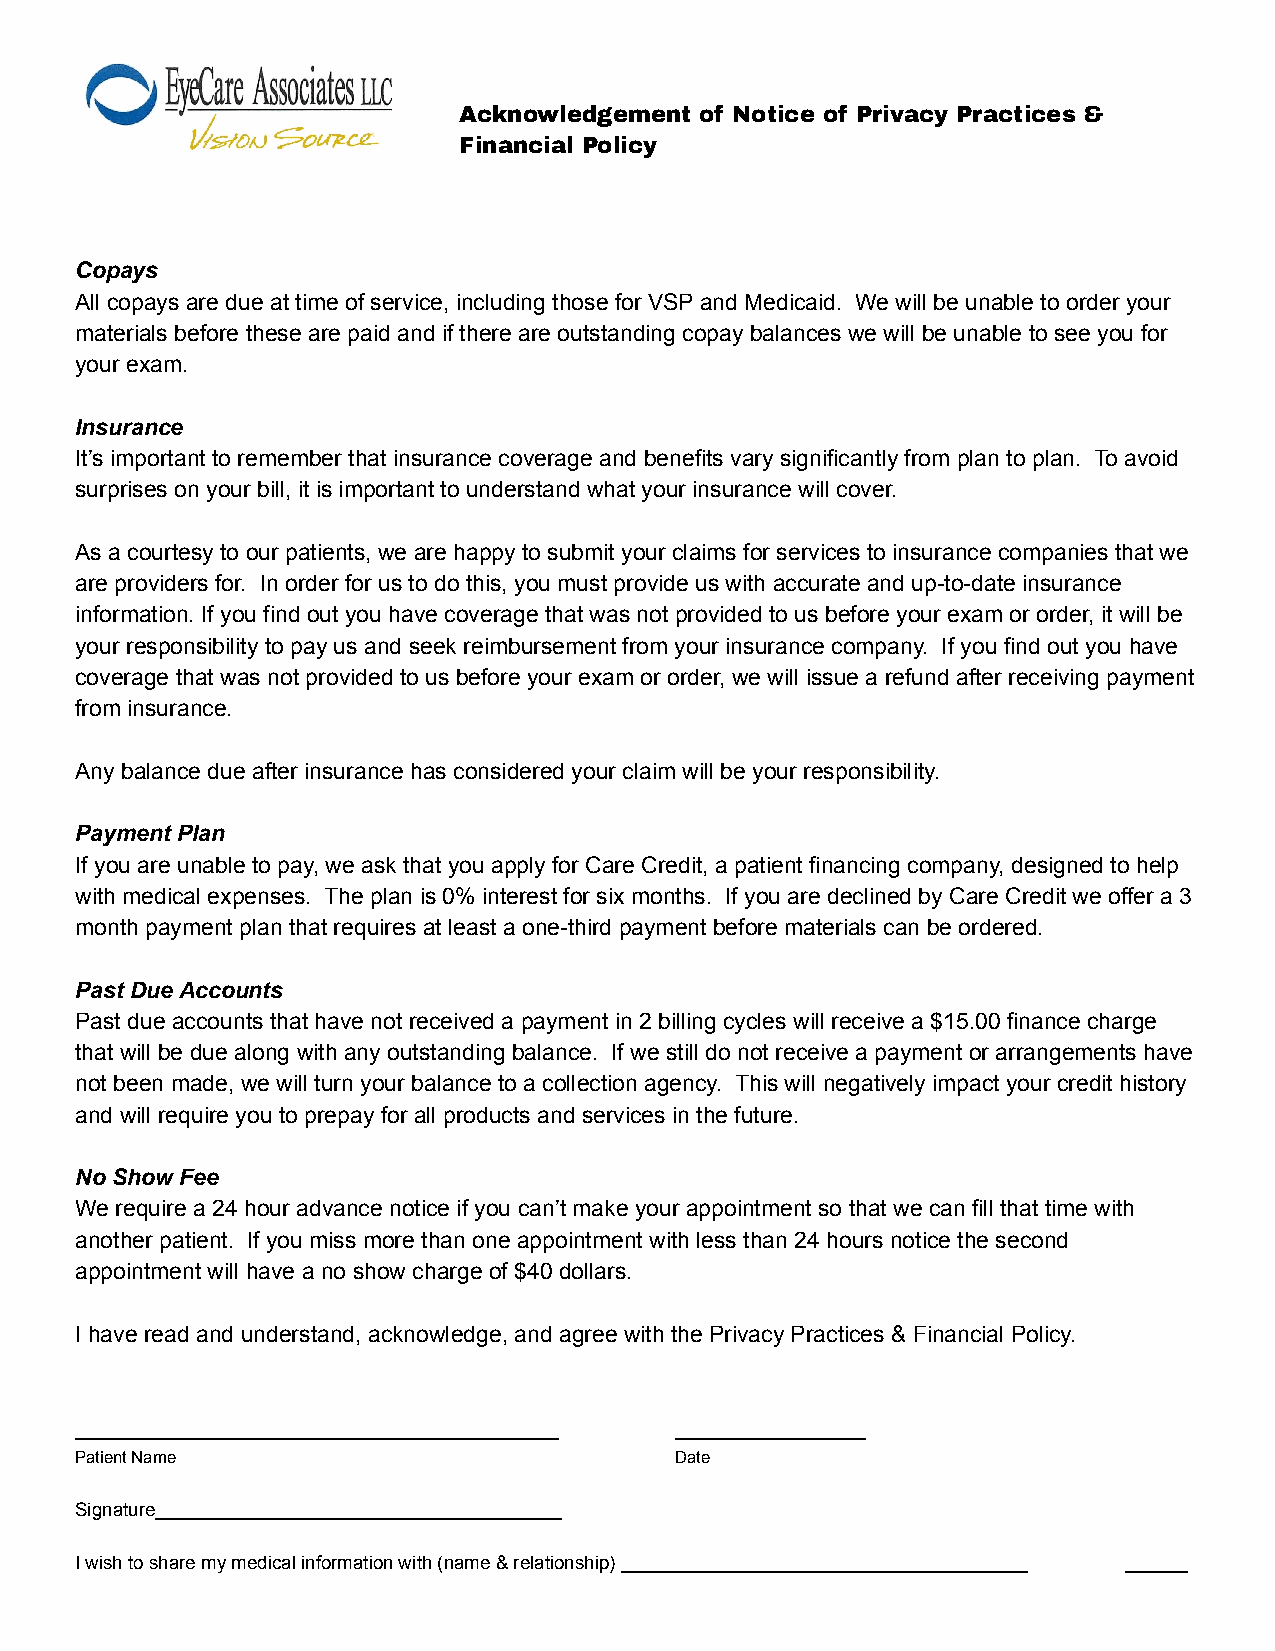
Acknowledgement of Notice of Privacy Practices &
 Financial Policy
 Copays
 All copays are due at time of service, including those for VSP and Medicaid. We will be unable to order your
 materials before these are paid and if there are outstanding copay balances we will be unable to see you for
 your exam.
 Insurance
 It’s important to remember that insurance coverage and benefits vary significantly from plan to plan. To avoid
 surprises on your bill, it is important to understand what your insurance will cover.
 As a courtesy to our patients, we are happy to submit your claims for services to insurance companies that we
 are providers for. In order for us to do this, you must provide us with accurate and up-to-date insurance
 information. If you find out you have coverage that was not provided to us before your exam or order, it will be
 your responsibility to pay us and seek reimbursement from your insurance company. If you find out you have
 coverage that was not provided to us before your exam or order, we will issue a refund after receiving payment
 from insurance.
 Any balance due after insurance has considered your claim will be your responsibility.
 Payment Plan
 If you are unable to pay, we ask that you apply for Care Credit, a patient financing company, designed to help
 with medical expenses. The plan is 0% interest for six months. If you are declined by Care Credit we offer a 3
 month payment plan that requires at least a one-third payment before materials can be ordered.
 Past Due Accounts
 Past due accounts that have not received a payment in 2 billing cycles will receive a $15.00 finance charge
 that will be due along with any outstanding balance. If we still do not receive a payment or arrangements have
 not been made, we will turn your balance to a collection agency. This will negatively impact your credit history
 and will require you to prepay for all products and services in the future.
 No Show Fee
 We require a 24 hour advance notice if you can’t make your appointment so that we can fill that time with
 another patient. If you miss more than one appointment with less than 24 hours notice the second
 appointment will have a no show charge of $40 dollars.
 I have read and understand, acknowledge, and agree with the Privacy Practices & Financial Policy.
 ______________________________________  _______________
 Patient Name                            Date
 Signature_______________________________________
 I wish to share my medical information with (name & relationship) _______________________________________ ______